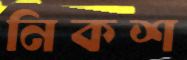
নিকশ